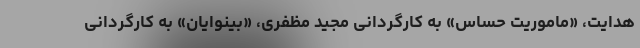
هدایت، «ماموریت حساس» به کارگردانی مجید مظفری، «بینوایان» به کارگردانی